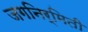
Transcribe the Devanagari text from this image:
जगनिर्मिती